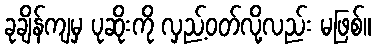
ခုချိန်ကျမှ ပုဆိုးကို လှည့်ဝတ်လို့လည်း မဖြစ်။